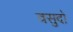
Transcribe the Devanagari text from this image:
वसुदो